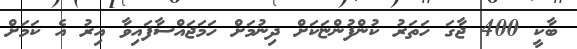
ބާކީ 400 ޖާގަ ހަތަރު ކުންފުންޏަކަށް ދިނުމަށް ހަމަޖައްސާފައިވާ އިރު އެ ކަމަށް